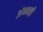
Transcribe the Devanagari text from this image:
अंन्थनी